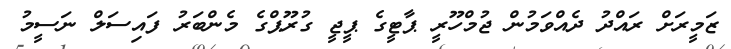
ޒަމީރަށް ރައްދު ދެއްވަމުން ޖުމްހޫރީ ޕާޓީގެ ޕީޖީ ގުރޫޕްގެ މެންބަރު ފައިސަލް ނަސީމު